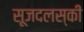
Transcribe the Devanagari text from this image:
सूजदलस्की